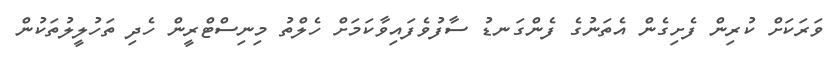
ވަރަކަށް ކުރިން ފެށިގެން އެތަނުގެ ފެންގަނޑު ސާފުވެފައިވާކަމަށް ހެލްތު މިނިސްޓްރީން ހެދި ތަހުލީލުތަކުން